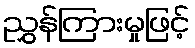
ညွှန်ကြားမှုဖြင့်